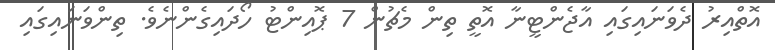
އޮތްއިރު ދެވަނައިގައި އާޖެންޓީނާ އޮތީ ތިން މެޗުން 7 ޕޮއިންޓު ހޯދައިގެންނެވެ. ތިންވަނައިގައި